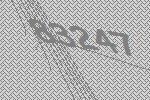
83247